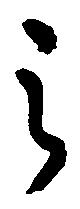
之